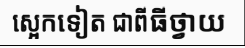
ស្អេកទៀត ជាពីធីថ្វាយ